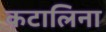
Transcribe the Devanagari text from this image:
कटालिना